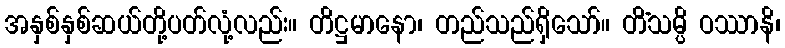
အနှစ်နှစ်ဆယ်တို့ပတ်လုံ့လည်း။ တိဋ္ဌမာနော၊ တည်သည်ရှိသော်။ တိံသမ္ပိ ဝဿာနိ၊